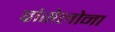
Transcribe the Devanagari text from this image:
ब्रांसेलोना